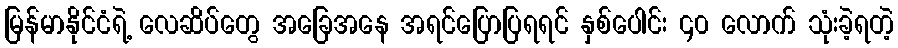
မြန်မာနိုင်ငံရဲ့ လေဆိပ်တွေ အခြေအနေ အရင်ပြောပြရရင် နှစ်ပေါင်း ၄၀ လောက် သုံးခဲ့ရတဲ့